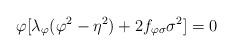
LaTeX: \begin{align*}\varphi [\lambda_{\varphi}(\varphi^2 - \eta^2) + 2f_{\varphi \sigma}\sigma^2]=0\\\end{align*}